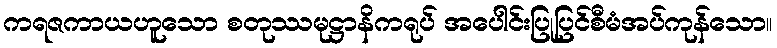
ကရဇကာယဟူသော စတုဿမုဋ္ဌာနိကရုပ် အပေါင်းပြုပြင်စီမံအပ်ကုန်သော။